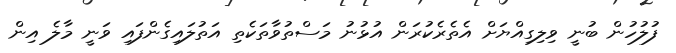
ފުލުހުން ބުނީ ވިލިގިއްޔަށް އެތެރެކުރަން އުޅުނު މަސްތުވާތަކެތި އަތުލައިގެންފައި ވަނީ މާލެ އިން